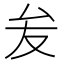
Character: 𭆙